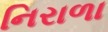
નિરાળા